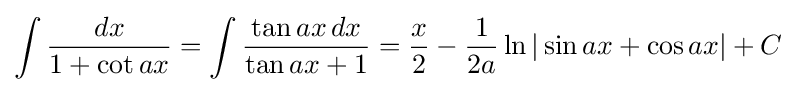
\int {\frac {dx}{1+\cot ax}}=\int {\frac {\tan ax\,dx}{\tan ax+1}}={\frac {x}{2}}-{\frac {1}{2a}}\ln |\sin ax+\cos ax|+C